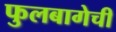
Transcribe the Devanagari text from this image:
फुलबागेची